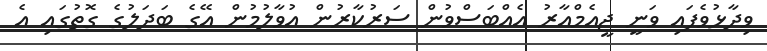
ވިދާޅުވެފައި ވަނީ ޖީއެމްއާރު އެއްބަސްވުން ސަރުކާރުން އުވާލުމުން އޭގެ ބަދަލުގެ ގޮތުގައި އެ